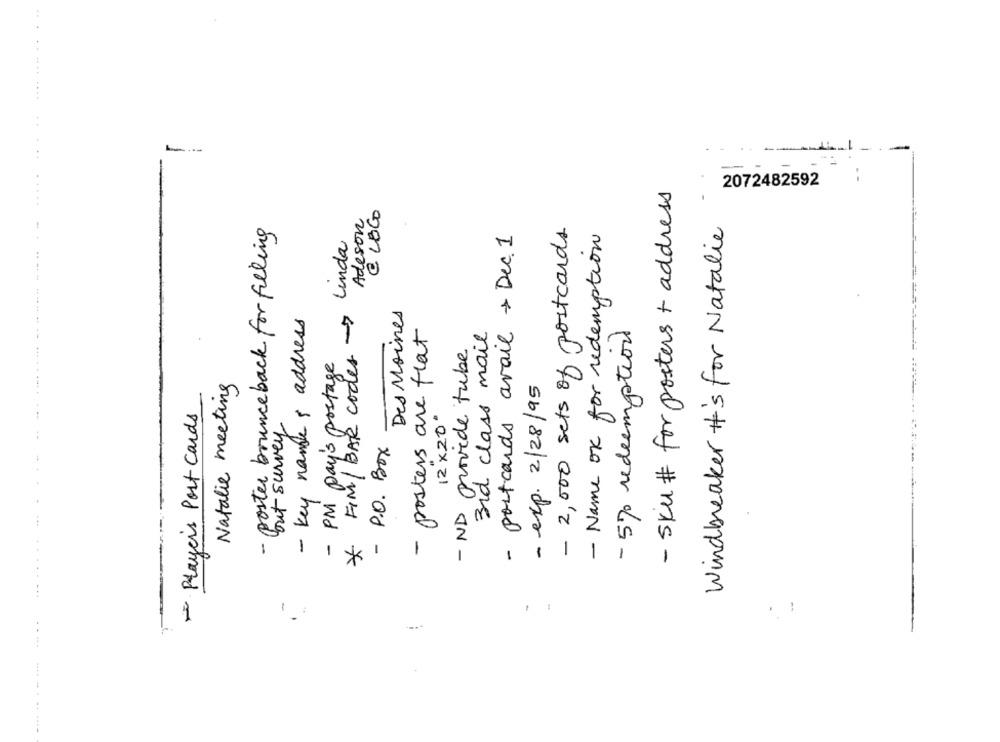
..
- Skul # for posters + address
2072482592
@ LOGO
Adeson
Windbreaker #'s for Natalie
· poster bounce back for filling
- 2,000 sets of postcards
- postcards avail + Dec. 1
- Name ok for redemption
Linda
Des Moines
- key name 's address
FIM / BAR codes->
- posters are flat
3rd class mail
- 570 redemption
- ND provide tube
- PM pay's postage
Natalie meeting
- exp. 2/28/95
Players Post Cards
but survey
12 x 20
P.O. Box
-
1*